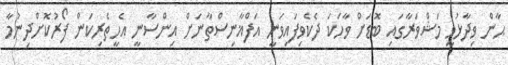
ޙާން ވިދާޅުވީ މަޝްވަރާގައި ބޮޑަށް ވާހަކަ ދެކެވިފައިވަނީ އަފްޣާނިސްތާނަށް އިންސާނީ އެހީތެރިކަން ފޯރުކޮށްދިނުމާ